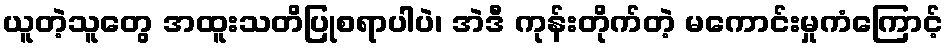
ယူတဲ့သူတွေ အထူးသတိပြုစရာပါပဲ၊ အဲဒီ ကုန်းတိုက်တဲ့ မကောင်းမှုကံကြောင့်